School broadcasting, 1936
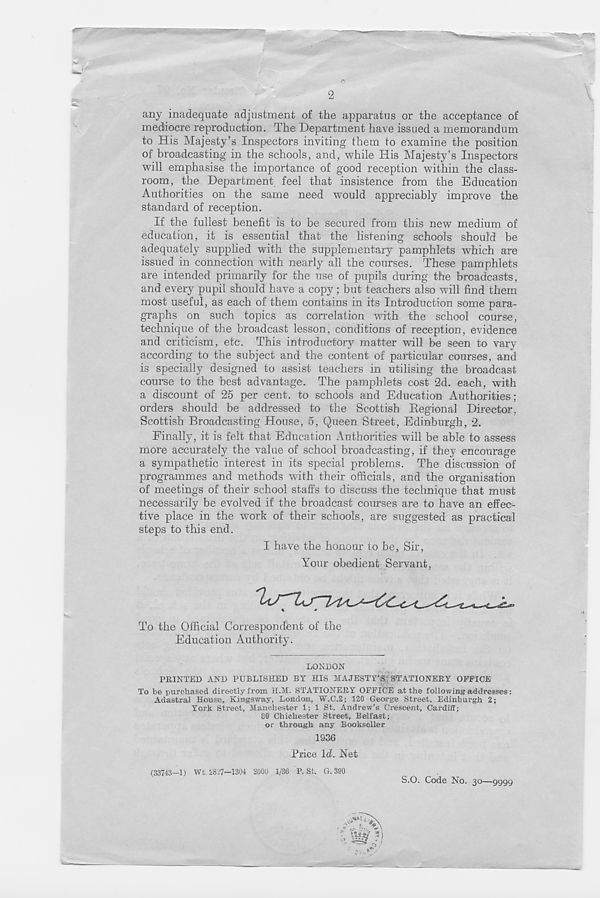
2
any inadequate adjustment of the apparatus or the acceptance of
mediocre reproduction. The Department have issued a memorandum
to His Majesty’s Inspectors inviting them to examine the position
of broadcasting in the schools, and, while His Majesty’s Inspectors
will emphasise the importance of good reception within the class-
room, the Department feel that insistence from the Education
Authorities on the same need would appreciably improve the
standard of reception.
If the fullest benefit is to be secured from this new medium of
education, it is essential that the listening schools should be
adequately supplied with the supplementary pamphlets which are
issued in connection with nearly all the courses. These pamphlets
are intended primarily for the use of pupils during the broadcasts,
and every pupil should have a copy ; but teachers also will find them
most useful, as each of them contains in its Introduction some para-
graphs on such topics as correlation with the school course,
technique of the broadcast lesson, conditions of reception, evidence
and criticism, etc. This introductory matter will be seen to vary
according to the subject and the content of particular courses, and
is specially designed to assist teachers in utilising the broadcast
course to the best advantage. The pamphlets cost 2d. each, with
a discount of 25 per cent, to schools and Education Authorities;
orders should be addressed to the Scottish Regional Director,
Scottish Broadcasting House, 5, Queen Street, Edinburgh, 2.
Finally, it is felt that Education Authorities will be able to assess
more accurately the value of school broadcasting, if they encourage
a sympathetic interest in its special problems. The discussion of
programmes and methods with their officials, and the organisation
of meetings of their school staffs to discuss the technique that must
necessarily be evolved if the broadcast courses are to have an effec-
tive place in the work of their schools, are suggested as practical
steps to this end.
I have the honour to be, Sir,
Your obedient Servant,
To the Official Correspondent of the
Education Authority.
LONDON
PRINTED AND PUBLISHED BY HIS MAJESTY’S STATIONERY OFFICE
To be purchased directly from H.M. STATIONERY OFFICE at the following addresses:
Adastral House, Kingsway, London, W.C.2; 120 George Street, Edinburgh 2;
York Street, Manchester 1; 1 St. Andrew’s Crescent, Cardiff;
80 Chichester Street, Belfast;
or through any Bookseller
1936
Price \d. Net
(33743—1) Wt. 2827—1304 2000 1/36 P. St. G. 390
S.O. Code No. 30—9999